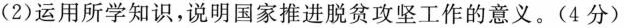
(2)运用所学知识，说明国家推进脱贫攻坚工作的意义。(4分)